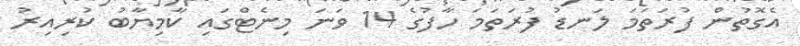
އެގޮތުން ފުރަތަމަ ލަނޑު ފުރަތަމަ ހާފުގެ 14 ވަނަ މިނެޓްގައި ކާމިޔާބު ކުރިއިރު